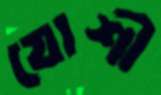
যোশী